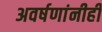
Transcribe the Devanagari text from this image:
अवर्षणांनीही